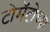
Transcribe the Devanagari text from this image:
टोमॅटोच्या